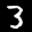
Label: 3